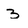
Character: 3